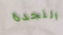
النجدة